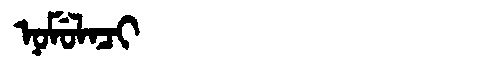
Manchu: ᠨᠣᠮᡠᠯᠠᠴᡳ
Romanization: NOMULACI